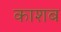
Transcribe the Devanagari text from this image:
काशब